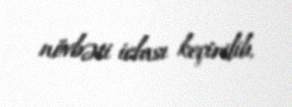
növbəti iclası keçirilib.